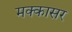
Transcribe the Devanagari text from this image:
मक्कासर